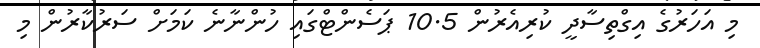
މި އަހަރުގެ އިގްތިސާދީ ކުރިއެރުން 10.5 ޕަސެންޓްގައި ހުންނާނެ ކަމަށް ސަރުކާރުން މި